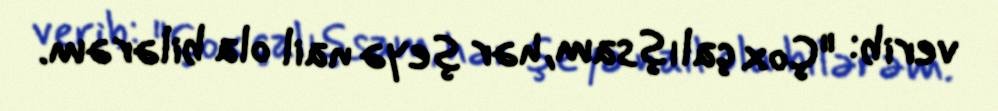
verib: "Çox çalışsam, hər şeyə nail ola bilərəm.